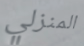
المنزلي